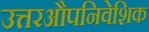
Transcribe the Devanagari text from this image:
उत्तरऔपनिवेशिक